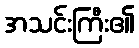
အသင်းကြီး၏